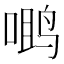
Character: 𮹖